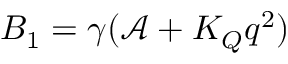
B _ { 1 } = \gamma ( \mathcal { A } + K _ { Q } q ^ { 2 } )